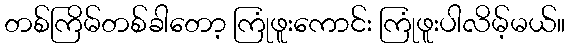
တစ်ကြိမ်တစ်ခါတော့ ကြုံဖူးကောင်း ကြုံဖူးပါလိမ့်မယ်။